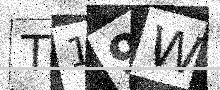
Text: T19W